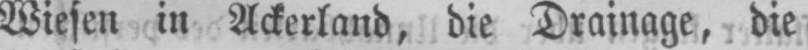
Wiesen in Ackerland, die Drainage, die